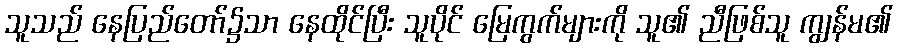
သူသည် နေပြည်တော်၌သာ နေထိုင်ပြီး သူပိုင် မြေကွက်များကို သူ၏ ညီဖြစ်သူ ကျွန်မ၏